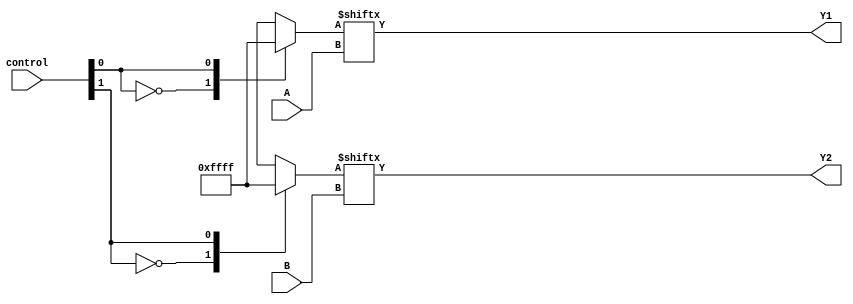
module CLB (
    input wire [3:0] A,          // 4-bit input for LUT1
    input wire [3:0] B,          // 4-bit input for LUT2
    input wire [1:0] control,     // Control signals for LUT configuration
    output wire Y1,              // Output from LUT1
    output wire Y2               // Output from LUT2
);

// LUT1: 4-input Look-Up Table
reg [15:0] lut1; // 16 possible combinations for 4 inputs
always @(*) begin
    case (control[0]) // Control signal for LUT1 configuration
        2'b00: lut1 = 16'b0000000000000000; // Example: All outputs low
        2'b01: lut1 = 16'b1111111111111111; // Example: All outputs high
        2'b10: lut1 = 16'b1010101010101010; // Example: Alternating pattern
        2'b11: lut1 = 16'b0101010101010101; // Example: Inverted alternating pattern
        default: lut1 = 16'b0000000000000000;
    endcase
end

assign Y1 = lut1[A]; // Output from LUT1 based on input A

// LUT2: 4-input Look-Up Table
reg [15:0] lut2; // 16 possible combinations for 4 inputs
always @(*) begin
    case (control[1]) // Control signal for LUT2 configuration
        2'b00: lut2 = 16'b0000000000000000; // Example: All outputs low
        2'b01: lut2 = 16'b1111111111111111; // Example: All outputs high
        2'b10: lut2 = 16'b1100110011001100; // Example: Pattern
        2'b11: lut2 = 16'b0011001100110011; // Example: Inverted pattern
        default: lut2 = 16'b0000000000000000;
    endcase
end

assign Y2 = lut2[B]; // Output from LUT2 based on input B

endmodule